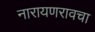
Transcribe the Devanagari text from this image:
नारायणरावचा